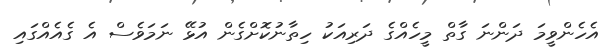
އެހެންވީމަ ދަންނަ ގާތް މީހެއްގެ ދަރިއަކު ހިތާނުކޮށްގެން އުޅޭ ނަމަވެސް އެ ގެއެއްގައި